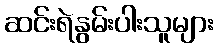
ဆင်းရဲနွမ်းပါးသူများ